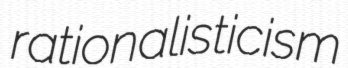
rationalisticism